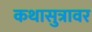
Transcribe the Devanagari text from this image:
कथासुत्रावर